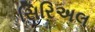
સિરિઅલ